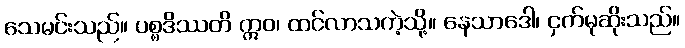
သေမင်းသည်။ ပစ္စဒိဿတိ ဣဝ၊ ထင်လာသကဲ့သို့။ နေသာဒေါ၊ ငှက်မုဆိုးသည်။